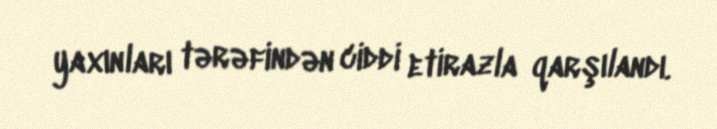
yaxınları tərəfindən ciddi etirazla qarşılandı.